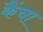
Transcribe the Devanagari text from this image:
कैंचा